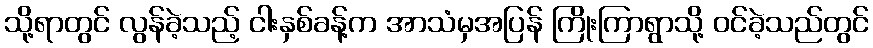
သို့ရာတွင် လွန်ခဲ့သည့် ငါးနှစ်ခန့်က အာသံမှအပြန် ကြိုးကြာရွာသို့ ဝင်ခဲ့သည်တွင်